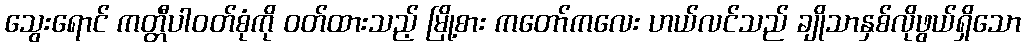
သွေးရောင် ကတ္တီပါဝတ်စုံကို ဝတ်ထားသည့် မြို့စား ကတော်ကလေး ဟယ်လင်သည် ချိုသာနှစ်လိုဖွယ်ရှိသော